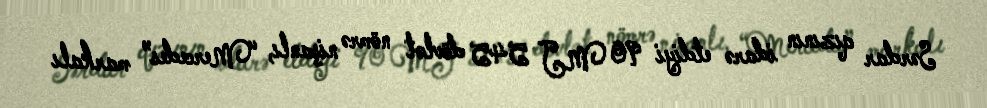
Sərdar qızının idarə etdiyi 90 MJ 545 dövlət nömrə nişanlı, “Mercedes” markalı